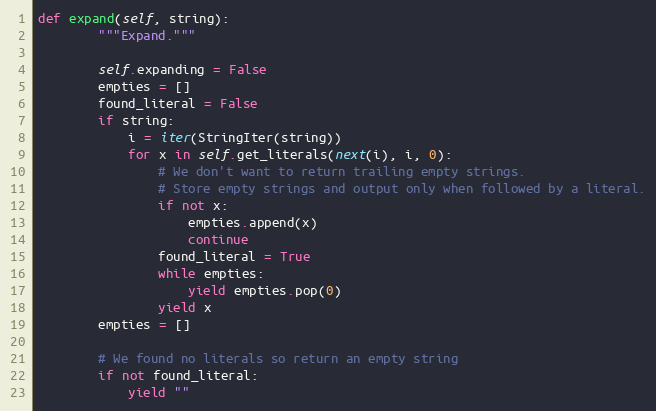
Language: Python
def expand(self, string):
        """Expand."""

        self.expanding = False
        empties = []
        found_literal = False
        if string:
            i = iter(StringIter(string))
            for x in self.get_literals(next(i), i, 0):
                # We don't want to return trailing empty strings.
                # Store empty strings and output only when followed by a literal.
                if not x:
                    empties.append(x)
                    continue
                found_literal = True
                while empties:
                    yield empties.pop(0)
                yield x
        empties = []

        # We found no literals so return an empty string
        if not found_literal:
            yield ""